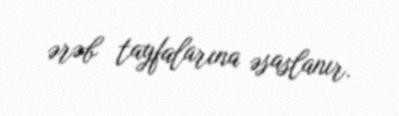
ərəb tayfalarına əsaslanır.